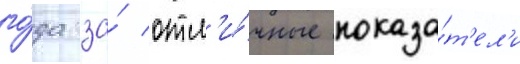
го́да за́ отл'и́чные показа́т'ел'и